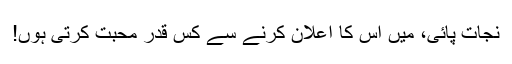
نجات پائی، میں اس کا اعلان کرنے سے کس قدر محبت کرتی ہوں!